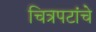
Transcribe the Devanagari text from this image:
चित्रपटांंचे